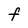
Character: F